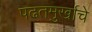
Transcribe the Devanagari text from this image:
पढतमुर्खाचे